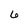
Character: 6